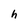
Character: h